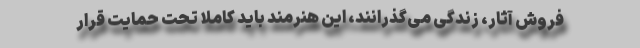
فروش آثار، زندگی می‌گذرانند، این هنرمند باید کاملا تحت حمایت قرار